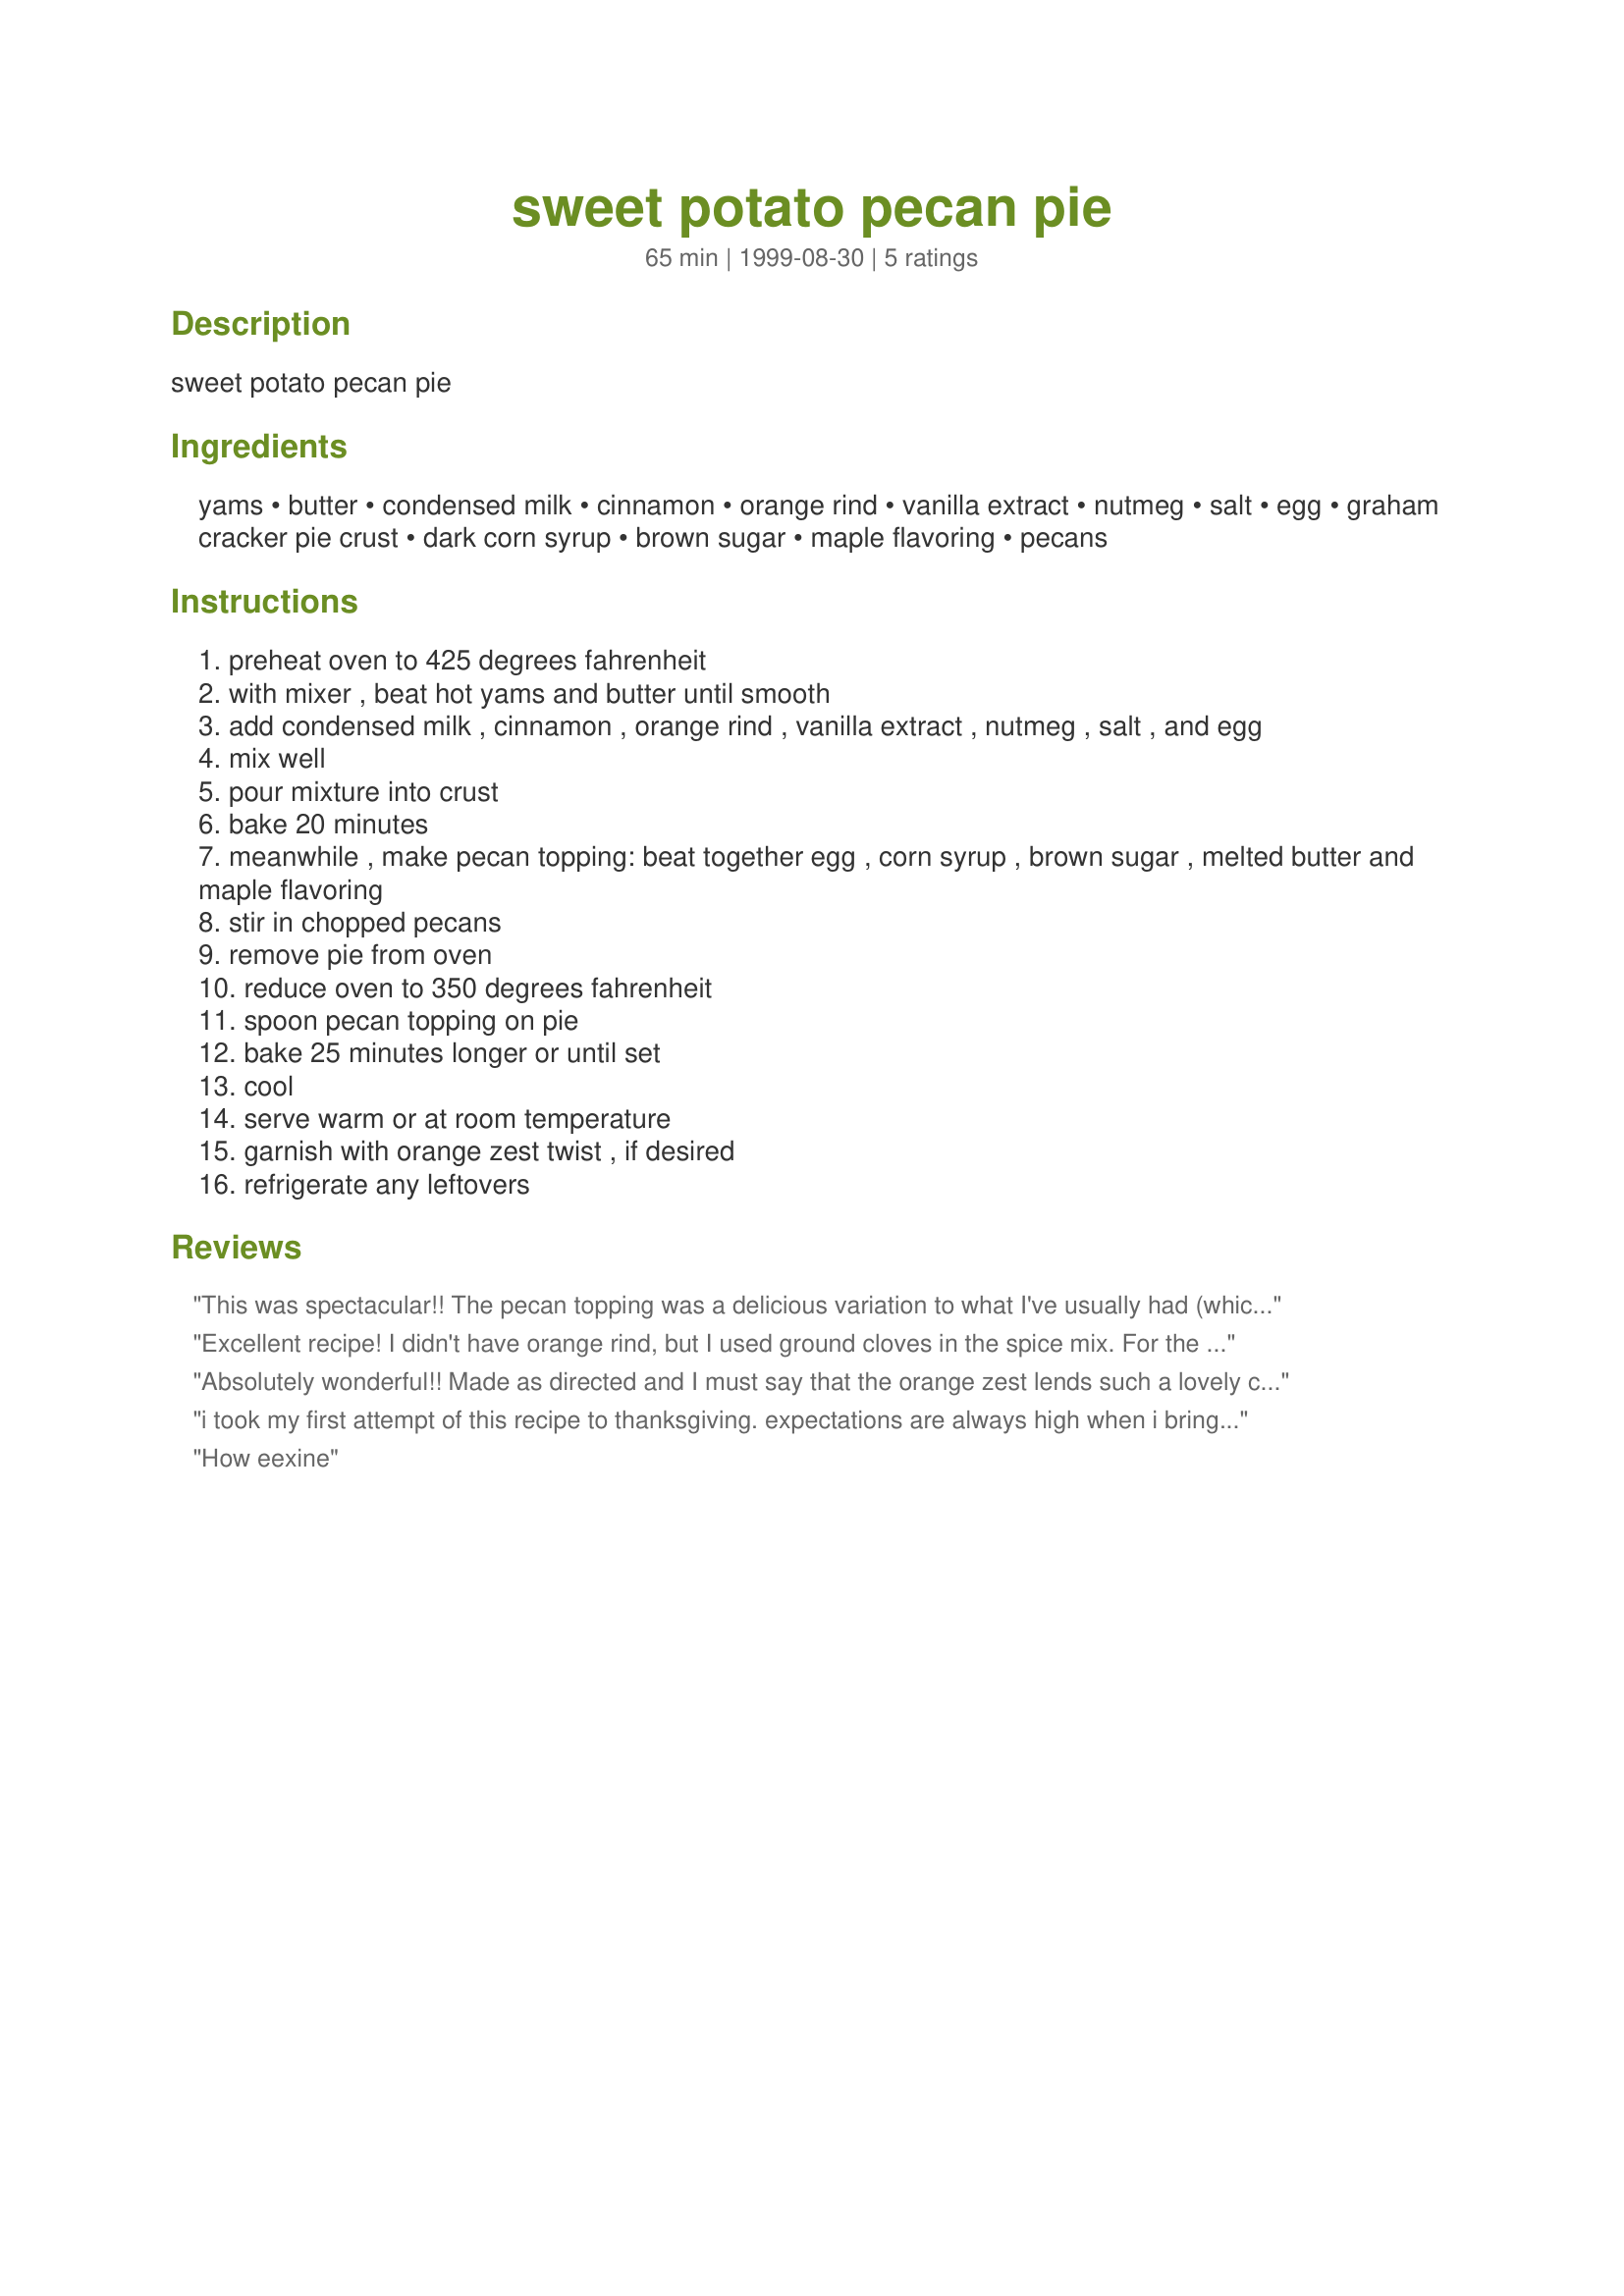
sweet potato pecan pie
Preparation time: 65 minutes

sweet potato pecan pie

Ingredients:
yams, butter, condensed milk, cinnamon, orange rind, vanilla extract, nutmeg, salt, egg, graham cracker pie crust, dark corn syrup, brown sugar, maple flavoring, pecans

Steps:
preheat oven to 425 degrees fahrenheit
with mixer , beat hot yams and butter until smooth
add condensed milk , cinnamon , orange rind , vanilla extract , nutmeg , salt , and egg
mix well
pour mixture into crust
bake 20 minutes
meanwhile , make pecan topping: beat together egg , corn syrup , brown sugar , melted butter and maple flavoring
stir in chopped pecans
remove pie from oven
reduce oven to 350 degrees fahrenheit
spoon pecan topping on pie
bake 25 minutes longer or until set
cool
serve warm or at room temperature
garnish with orange zest twist , if desired
refrigerate any leftovers

Reviews:
This was spectacular!! The pecan topping was a delicious variation to what I've usually had (which was nothing! maybe a dollop of cool whip) The pie was nicely spiced, and that orange zest definitely added something special..I'll be making this for Thanksgiving dinner, and many times after that !! Thanks for a great recipe!!
Teresa
Excellent recipe! I didn't have orange rind, but I used ground cloves in the spice mix.
For the pecan topping, I didn't have any dark corn syrup, so I doubled the brown sugar (I used dark) with a tbl. milk, and vanilla instead of maple flavoring (didn't have that either!).
But it is SO GOOD and easy! Just added this to my cookbook, it's a keeper!! Thanks, Sharon for an excellent recipe!
Absolutely wonderful!! Made as directed and I must say that the orange zest lends such a lovely citrusy note. DH and I agree that this is better (imho) that pumpkin pie. Although you could apply the same method using pumpkin. The crunchy pecan topping is a nice foil for the silky smooth filling. Thank you Sharon for sharing.
i took my first attempt of this recipe to thanksgiving. expectations are always high when i bring the desserts, and when my guniea pig tried the first bite she just about fainted in pure bliss. topped with hand-whipped cream lightly sweetened (because this recipe is sweet enough by itself), it's a memorable experience. this pie will definitely be making a repeat appearance next year.
How eexine
